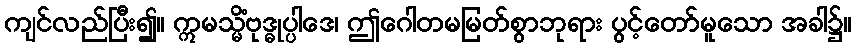
ကျင်လည်ပြီး၍။ ဣမသ္မိံဗုဒ္ဓုပ္ပါဒေ၊ ဤဂေါတမမြတ်စွာဘုရား ပွင့်တော်မူသော အခါ၌။